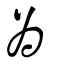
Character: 為